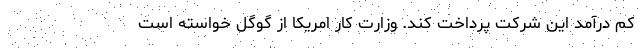
کم درآمد این شرکت پرداخت کند. وزارت کار امریکا از گوگل خواسته است